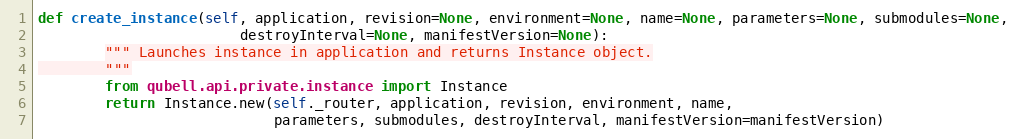
Language: Python
def create_instance(self, application, revision=None, environment=None, name=None, parameters=None, submodules=None,
                        destroyInterval=None, manifestVersion=None):
        """ Launches instance in application and returns Instance object.
        """
        from qubell.api.private.instance import Instance
        return Instance.new(self._router, application, revision, environment, name,
                            parameters, submodules, destroyInterval, manifestVersion=manifestVersion)